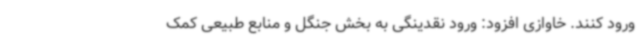
ورود کنند. خاوازی افزود: ورود نقدینگی به بخش جنگل و منابع طبیعی کمک